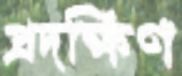
প্রদক্ষিণ